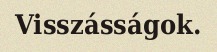
Visszásságok.